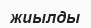
жиылды